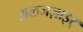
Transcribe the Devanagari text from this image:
अलजज़ाइर्